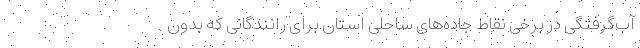
آب‌گرفتگی در برخی نقاط جاده‌های ساحلی استان برای رانندگانی که بدون